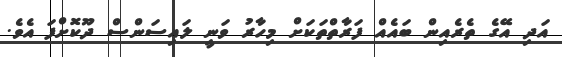
އަދި އޭގެ ތެރެއިން ބައެއް ފަރާތްތަކަށް މިހާރު ވަނީ ލައިސަންސް ދޫކޮށްފަ އެވެ.